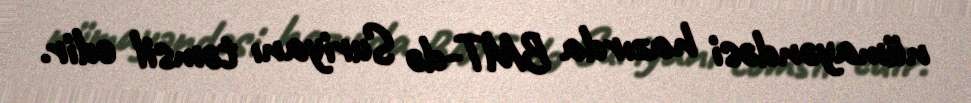
nümayəndəsi hazırda BMT-də Suriyanı təmsil edir.